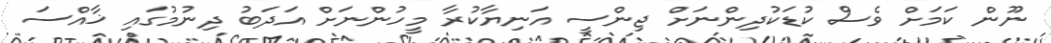
ނޫން ކަމަށް ވެސް ކުޑަކުދިންނަށް ޖިންސީ އަނިޔާކުރާ މީހުންނަށް އަދަބު ދިނުމުގައި ޚާއްސަ